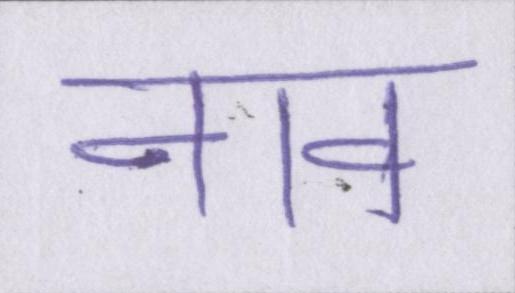
नाव